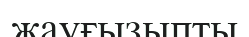
жауғызыпты